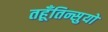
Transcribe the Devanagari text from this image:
तहूँतिन्सुयो